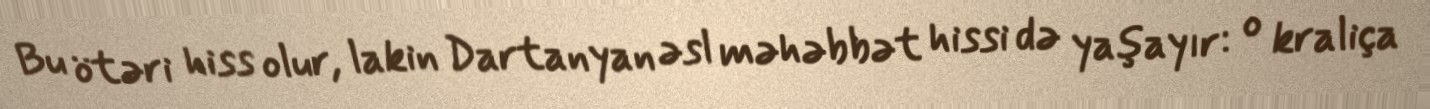
Bu ötəri hiss olur, lakin Dartanyan əsl məhəbbət hissi də yaşayır: o kraliça